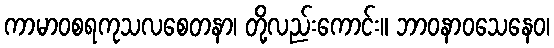
ကာမာဝစရကုသလစေတနာ၊ တို့လည်းကောင်း။ ဘာဝနာဝသေနေဝ၊